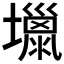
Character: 𡒏